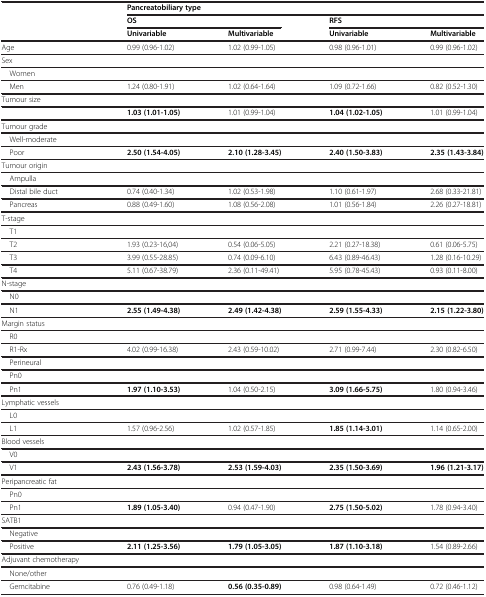
<table><thead><tr><td rowspan="2"></td><td colspan="4"><b>Pancreatobiliary type</b></td></tr><tr><td colspan="2"><b>OS</b></td><td colspan="2"><b>RFS</b></td></tr><tr><td></td><td><b>Univariable</b></td><td><b>Multivariable</b></td><td><b>Univariable</b></td><td><b>Multivariable</b></td></tr></thead><tbody><tr><td>Age</td><td>0.99 (0.96-1.02)</td><td>1.02 (0.99-1.05)</td><td>0.98 (0.96-1.01)</td><td>0.99 (0.96-1.02)</td></tr><tr><td>Sex</td><td></td><td></td><td></td><td></td></tr><tr><td> Women</td><td></td><td></td><td></td><td></td></tr><tr><td> Men</td><td>1.24 (0.80-1.91)</td><td>1.02 (0.64-1.64)</td><td>1.09 (0.72-1.66)</td><td>0.82 (0.52-1.30)</td></tr><tr><td>Tumour size</td><td></td><td></td><td></td><td></td></tr><tr><td></td><td><b>1.03 (1.01-1.05)</b></td><td>1.01 (0.99-1.04)</td><td><b>1.04 (1.02-1.05)</b></td><td>1.01 (0.99-1.04)</td></tr><tr><td>Tumour grade</td><td></td><td></td><td></td><td></td></tr><tr><td> Well-moderate</td><td></td><td></td><td></td><td></td></tr><tr><td> Poor</td><td><b>2.50 (1.54-4.05)</b></td><td><b>2.10 (1.28-3.45)</b></td><td><b>2.40 (1.50-3.83)</b></td><td><b>2.35 (1.43-3.84)</b></td></tr><tr><td>Tumour origin</td><td></td><td></td><td></td><td></td></tr><tr><td> Ampulla</td><td></td><td></td><td></td><td></td></tr><tr><td> Distal bile duct</td><td>0.74 (0.40-1.34)</td><td>1.02 (0.53-1.98)</td><td>1.10 (0.61-1.97)</td><td>2.68 (0.33-21.81)</td></tr><tr><td> Pancreas</td><td>0.88 (0.49-1.60)</td><td>1.08 (0.56-2.08)</td><td>1.01 (0.56-1.84)</td><td>2.26 (0.27-18.81)</td></tr><tr><td>T-stage</td><td></td><td></td><td></td><td></td></tr><tr><td> T1</td><td></td><td></td><td></td><td></td></tr><tr><td> T2</td><td>1.93 (0.23-16,04)</td><td>0.54 (0.06-5.05)</td><td>2.21 (0.27-18.38)</td><td>0.61 (0.06-5.75)</td></tr><tr><td> T3</td><td>3.99 (0.55-28.85)</td><td>0.74 (0.09-6.10)</td><td>6.43 (0.89-46.43)</td><td>1.28 (0.16-10.29)</td></tr><tr><td> T4</td><td>5.11 (0.67-38.79)</td><td>2.36 (0.11-49.41)</td><td>5.95 (0.78-45.43)</td><td>0.93 (0.11-8.00)</td></tr><tr><td>N-stage</td><td></td><td></td><td></td><td></td></tr><tr><td> N0</td><td></td><td></td><td></td><td></td></tr><tr><td> N1</td><td><b>2.55 (1.49-4.38)</b></td><td><b>2.49 (1.42-4.38)</b></td><td><b>2.59 (1.55-4.33)</b></td><td><b>2.15 (1.22-3.80)</b></td></tr><tr><td>Margin status</td><td></td><td></td><td></td><td></td></tr><tr><td> R0</td><td></td><td></td><td></td><td></td></tr><tr><td> R1-Rx</td><td>4.02 (0.99-16.38)</td><td>2.43 (0.59-10.02)</td><td>2.71 (0.99-7.44)</td><td>2.30 (0.82-6.50)</td></tr><tr><td> Perineural</td><td></td><td></td><td></td><td></td></tr><tr><td> Pn0</td><td></td><td></td><td></td><td></td></tr><tr><td> Pn1</td><td><b>1.97 (1.10-3.53)</b></td><td>1.04 (0.50-2.15)</td><td><b>3.09 (1.66-5.75)</b></td><td>1.80 (0.94-3.46)</td></tr><tr><td>Lymphatic vessels</td><td></td><td></td><td></td><td></td></tr><tr><td> L0</td><td></td><td></td><td></td><td></td></tr><tr><td> L1</td><td>1.57 (0.96-2.56)</td><td>1.02 (0.57-1.85)</td><td><b>1.85 (1.14-3.01)</b></td><td>1.14 (0.65-2.00)</td></tr><tr><td>Blood vessels</td><td></td><td></td><td></td><td></td></tr><tr><td> V0</td><td></td><td></td><td></td><td></td></tr><tr><td> V1</td><td><b>2.43 (1.56-3.78)</b></td><td><b>2.53 (1.59-4.03)</b></td><td><b>2.35 (1.50-3.69)</b></td><td><b>1.96 (1.21-3.17)</b></td></tr><tr><td>Peripancreatic fat</td><td></td><td></td><td></td><td></td></tr><tr><td> Pn0</td><td></td><td></td><td></td><td></td></tr><tr><td> Pn1</td><td><b>1.89 (1.05-3.40)</b></td><td>0.94 (0.47-1.90)</td><td><b>2.75 (1.50-5.02)</b></td><td>1.78 (0.94-3.40)</td></tr><tr><td>SATB1</td><td></td><td></td><td></td><td></td></tr><tr><td> Negative</td><td></td><td></td><td></td><td></td></tr><tr><td> Positive</td><td><b>2.11 (1.25-3.56)</b></td><td><b>1.79 (1.05-3.05)</b></td><td><b>1.87 (1.10-3.18)</b></td><td>1.54 (0.89-2.66)</td></tr><tr><td>Adjuvant chemotherapy</td><td></td><td></td><td></td><td></td></tr><tr><td> None/other</td><td></td><td></td><td></td><td></td></tr><tr><td> Gemcitabine</td><td>0.76 (0.49-1.18)</td><td><b>0.56 (0.35-0.89)</b></td><td>0.98 (0.64-1.49)</td><td>0.72 (0.46-1.12)</td></tr></tbody></table>